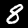
Label: 8